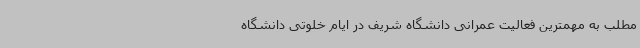
مطلب به مهمترین فعالیت‌ عمرانی دانشگاه شریف در ایام خلوتی دانشگاه